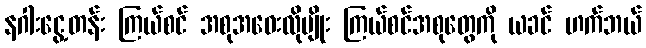
နဂါးငွေ့တန်း ကြယ်စင် အစုအဝေးလိုမျိုး ကြယ်စင်အစုတွေကို ယခင် ဟက်ဘယ်